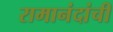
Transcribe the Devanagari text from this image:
रामानंदांची